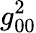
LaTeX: g_{00}^{2}